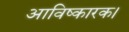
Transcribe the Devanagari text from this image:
आविष्कारक।